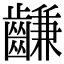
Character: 𪙊